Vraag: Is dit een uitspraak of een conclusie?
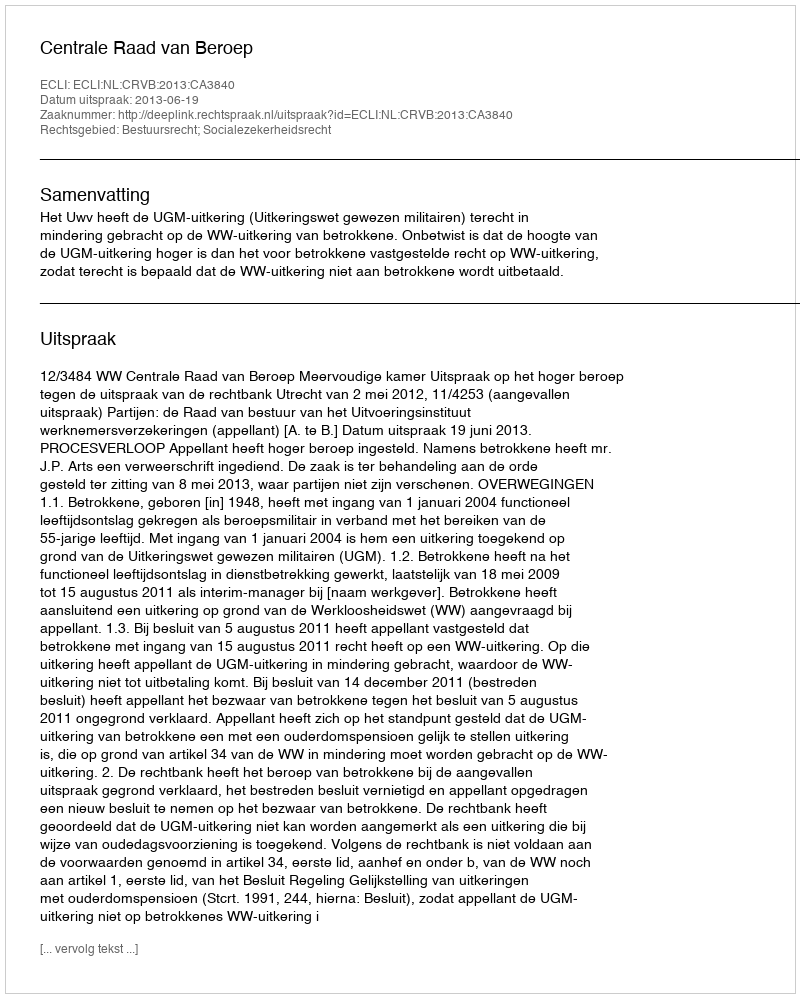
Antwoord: Uitspraak